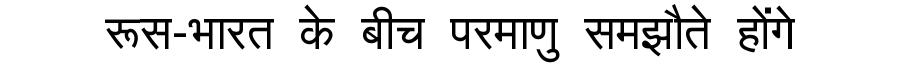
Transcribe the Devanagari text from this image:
रूस-भारत के बीच परमाणु समझौते होंगे